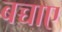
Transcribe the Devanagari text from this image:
बच्चाए